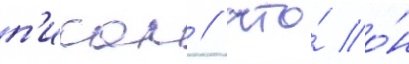
п'исал / что́ о́н